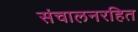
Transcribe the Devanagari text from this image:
संचालनरहित